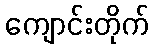
ကျောင်းတိုက်